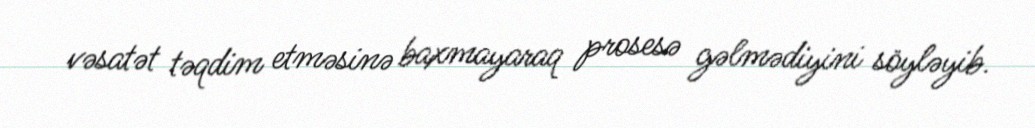
vəsatət təqdim etməsinə baxmayaraq prosesə gəlmədiyini söyləyib.